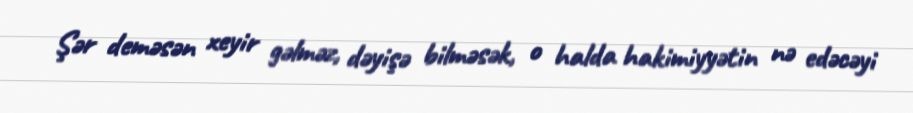
Şər deməsən xeyir gəlməz, dəyişə bilməsək, o halda hakimiyyətin nə edəcəyi